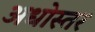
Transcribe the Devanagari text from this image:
अधोस्तर